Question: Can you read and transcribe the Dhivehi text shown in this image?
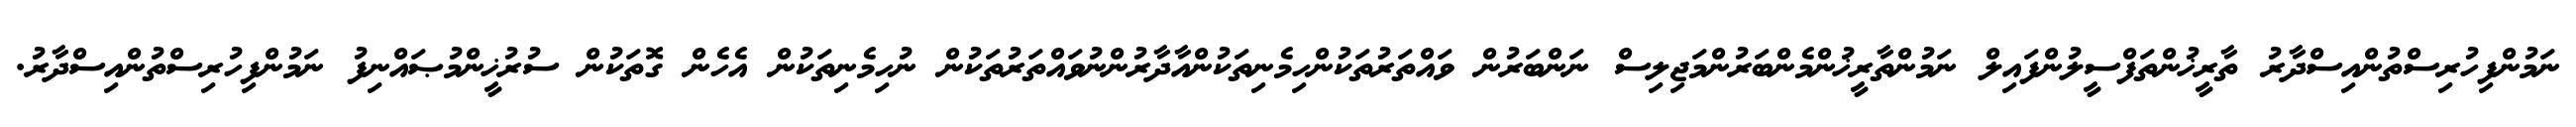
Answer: ނަމުންފިހުރިސްތުންއިސްދާރު ތާރީޚުންތަފްސީލުންފައިލް ނަމުންތާރީޚުންމެންބަރުންމަޖިލިސް ނަންބަރުން ވައްތަރުތަކުންހިމެނިތަކުންއާދާރުންނުވައްތަރުތަކުން ނުހިމެނިތަކުން އެހެން ގޮތަކުން ސުރުޚީންމުޞައްނިފު ނަމުންފިހުރިސްތުންއިސްދާރު.